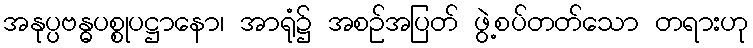
အနုပ္ပဗန္ဓပစ္စုပဋ္ဌာနော၊ အာရုံ၌ အစဉ်အပြတ် ဖွဲ့စပ်တတ်သော တရားဟု